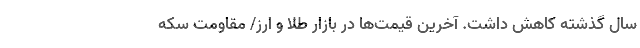
سال گذشته کاهش داشت. آخرین قیمت‌ها در بازار طلا و ارز/ مقاومت سکه